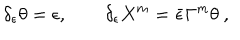
\delta _ { \epsilon } \theta = \epsilon , \qquad \delta _ { \epsilon } X ^ { m } = \bar { \epsilon } \Gamma ^ { m } \theta \ ,